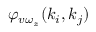
\varphi _ { v \omega _ { z } } ( k _ { i } , k _ { j } )